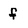
Character: f